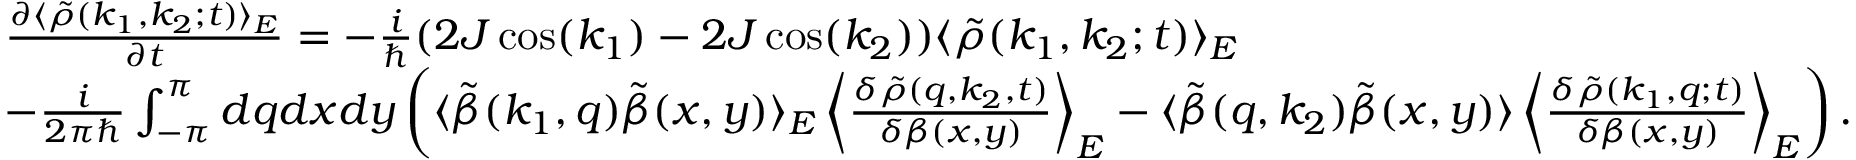
\begin{array} { r l } & { \frac { \partial \langle \tilde { \rho } ( k _ { 1 } , k _ { 2 } ; t ) \rangle _ { E } } { \partial t } = - \frac { i } { \hbar } ( 2 J \cos ( k _ { 1 } ) - 2 J \cos ( k _ { 2 } ) ) \langle \tilde { \rho } ( k _ { 1 } , k _ { 2 } ; t ) \rangle _ { E } } \\ & { - \frac { i } { 2 \pi \hbar } \int _ { - \pi } ^ { \pi } d q d x d y \left( \langle \tilde { \beta } ( k _ { 1 } , q ) \tilde { \beta } ( x , y ) \rangle _ { E } \left\langle \frac { \delta \tilde { \rho } ( q , k _ { 2 } , t ) } { \delta \beta ( x , y ) } \right\rangle _ { E } - \langle \tilde { \beta } ( q , k _ { 2 } ) \tilde { \beta } ( x , y ) \rangle \left\langle \frac { \delta \tilde { \rho } ( k _ { 1 } , q ; t ) } { \delta \beta ( x , y ) } \right\rangle _ { E } \right) . } \end{array}